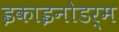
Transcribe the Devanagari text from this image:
इकाइनोडर्म